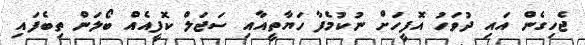
ޖެހިގެން އައި ދުވަހު އޮފީހަށް ނުކުމެފާ ހަޔާތީއާއި ސަޖަލް ކޮފީއެއް ބޯލަން ތިބެފައި